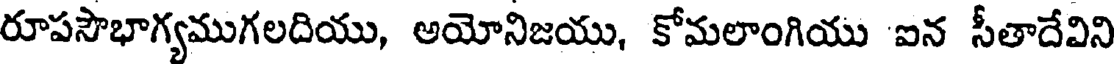
రూపసౌభాగ్యముగలదియు, అయోనిజయు, కోమలాంగియు ఐన సీతాదేవిని